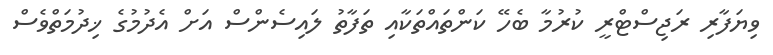
ވިޔަފާރި ރަޖިސްޓްރީ ކުރުމާ ބެހޭ ކަންތައްތަކާއި ތަފާތު ލައިސެންސް އަށް އެދުމުގެ ޚިދުމަތްވެސް